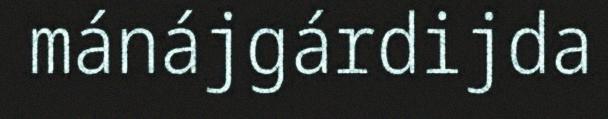
mánájgárdijda